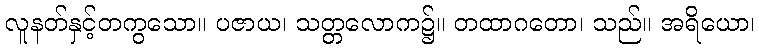
လူနတ်နှင့်တကွသော။ ပဇာယ၊ သတ္တလောက၌။ တထာဂတော၊ သည်။ အရိယော၊